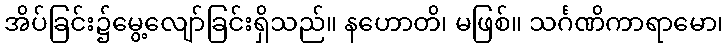
အိပ်ခြင်း၌မွေ့လျော်ခြင်းရှိသည်။ နဟောတိ၊ မဖြစ်။ သင်္ဂဏိကာရာမော၊